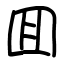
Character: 囬